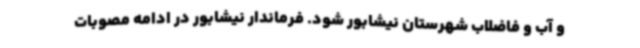
و آب و فاضلاب شهرستان نیشابور شود. فرماندار نیشابور در ادامه مصوبات